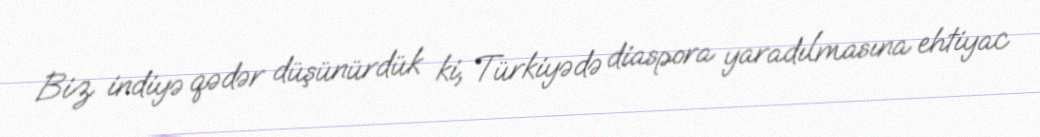
Biz indiyə qədər düşünürdük ki, Türkiyədə diaspora yaradılmasına ehtiyac